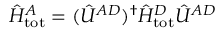
\hat { H } _ { \mathrm { t o t } } ^ { A } = ( \hat { U } ^ { A D } ) ^ { \dagger } \hat { H } _ { \mathrm { t o t } } ^ { D } \hat { U } ^ { A D }